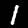
Digit: 1